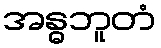
အန္ဓဘူတံ